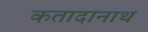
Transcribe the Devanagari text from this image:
कतादानाथ